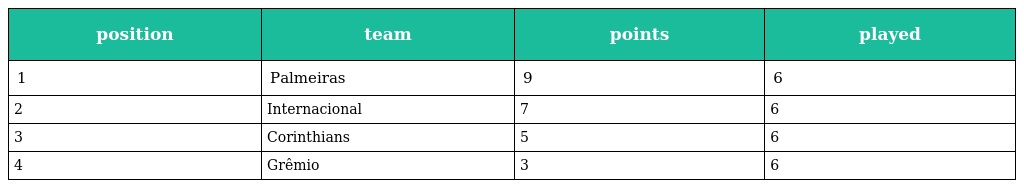
| position | team | points | played |
 | --- | --- | --- | --- |
 | 1 | Palmeiras | 9 | 6 |
 | 2 | Internacional | 7 | 6 |
 | 3 | Corinthians | 5 | 6 |
 | 4 | Grêmio | 3 | 6 |